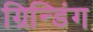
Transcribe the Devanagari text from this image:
ग्रिन्डिंग